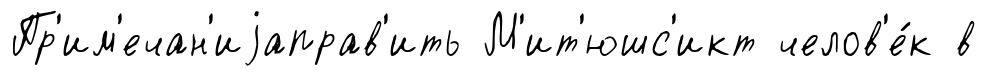
Пр'им'ечан'иjаправ'ить М'ит'юшс'икт челов'е́к в